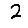
Digit: 2